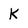
Character: K